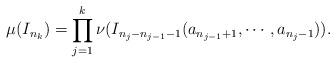
LaTeX: \begin{align*}\mu(I_{n_k})=\prod_{j=1}^k \nu(I_{n_j-n_{j-1}-1}(a_{n_{j-1}+1}, \cdots, a_{n_j-1})).\end{align*}